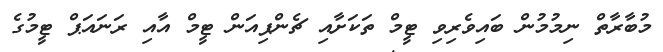
މުބާރާތް ނިމުމުން ބައިވެރިވި ޓީމް ތަކަށާއި ޗެންޕިއަން ޓީމް އާއި ރަނައަޕް ޓީމުގެ